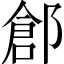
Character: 𨜾